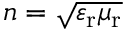
n = \sqrt { \varepsilon _ { \mathrm { r } } \mu _ { \mathrm { r } } }